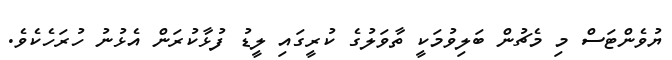
ޔުވެންޓަސް މި މެޗުން ބަލިވުމަކީ ތާވަލުގެ ކުރީގައި ލީޑު ފުޅާކުރަން އެޅުނު ހުރަހެކެވެ.